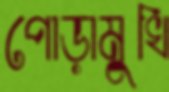
পোড়ামুখি